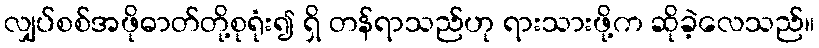
လျှပ်စစ်အဖိုဓာတ်တို့စုရုံး၍ ရှိ တန်ရာသည်ဟု ရားသားဖို့က ဆိုခဲ့လေသည်။